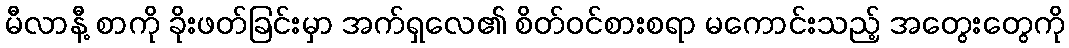
မီလာနီ့ စာကို ခိုးဖတ်ခြင်းမှာ အက်ရှလေ၏ စိတ်ဝင်စားစရာ မကောင်းသည့် အတွေးတွေကို